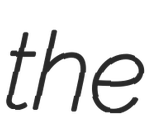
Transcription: the